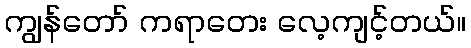
ကျွန်တော် ကရာတေး လေ့ကျင့်တယ်။